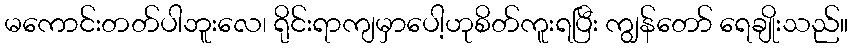
မကောင်းတတ်ပါဘူးလေ၊ ရိုင်းရာကျမှာပေါ့ဟုစိတ်ကူးရပြီး ကျွန်တော် ရေချိုးသည်။